Report on the working of the mental hospitals for Indians in Bihar and Orissa - 1925-1929
Year: 1925
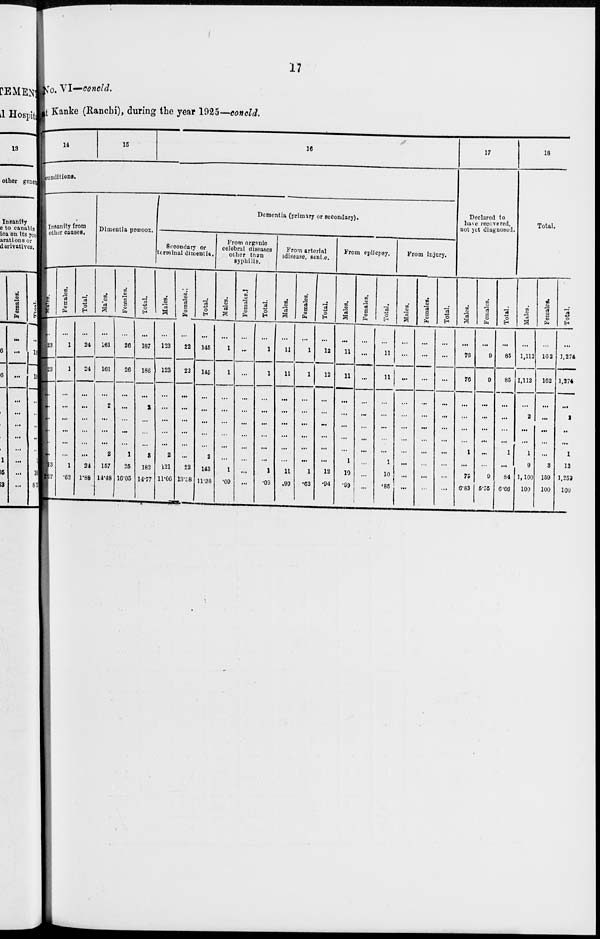
17
No. VI—concld.
t Kanke (Ranchi), during the year 1925—concld.
14
15
16
conditions.
Insanity from
other causes.
Males.
..
23
23
...
...
...
...
...
...
23
07
Females.
...
1
1
...
...
...
...
...
...
1
.62
Total.
...
24
24
...
...
...
...
...
...
24
1.88
Dimentia prœcox.
Males.
...
161
161
...
2
...
...
...
2
157
14.48
Females.
...
26
26
...
...
...
...
. ..
1
25
16.05
Total.
...
187
186
...
2
...
...
...
3
182
14.77
Dementia (primary or secondary).
Secondary or
terminal dimentia.
Males.
...
123
123
...
...
...
...
2
121
11.06
Females.
...
22
23
...
...
...
...
...
22
13.38
Total.
...
145
145
...
...
...
...
...
2
143
11.38
From organic
celebral diseases
other than
syphilis.
Males.
...
1
1
...
...
...
...
...
...
1
.09
Females.
...
...
...
...
...
...
...
...
...
...
...
Total.
...
1
1
...
...
...
...
...
...
1
.08
From arterial
disease, senile.
Males.
...
11
11
...
...
...
...
...
...
11
.99
Females.
...
1
1
...
...
...
...
...
...
1
.63
Total.
... 12
12
...
...
...
...
...
...
12
.94
From epilepsy.
Males.
...
11
11
...
...
...
...
...
1
10
.99
Females.
...
...
...
...
...
...
...
...
...
...
...
Total.
...
11
11
...
...
...
...
...
1
10
.85
From injury.
Males.
...
...
...
...
...
...
...
...
...
...
...
Females.
...
...
...
...
...
...
...
...
...
...
...
Total.
...
...
...
...
...
...
...
...
...
...
...
17
Declared to
have recovered,
not yet diagnosed.
Males.
...
76
76
...
...
...
...
1
...
75
6.83
Females.
...
9
9
...
...
...
...
...
...
9
5.55
Total.
...
85
85
...
...
...
...
1
...
84
6.66
18
Total.
Males.
...
1,112
1,112
2
...
...
1
9
1,100
100
Females.
...
162
162
...
...
...
...
3
159
100
Total.
...
1,274
1,274
...
2
...
...
1
12
1,259
100